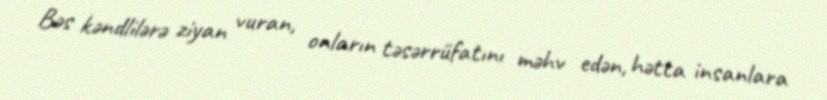
Bəs kəndlilərə ziyan vuran, onların təsərrüfatını məhv edən, hətta insanlara